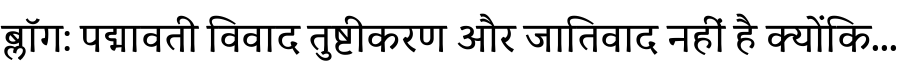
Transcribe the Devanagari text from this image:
ब्लॉग: पद्मावती विवाद तुष्टीकरण और जातिवाद नहीं है क्योंकि...